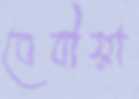
বেবীয়া